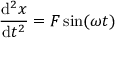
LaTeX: { \frac { \mathrm { d } ^ { 2 } x } { \mathrm { d } t ^ { 2 } } } = F \sin ( \omega t )